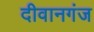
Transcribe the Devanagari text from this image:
दीवानगंज